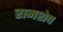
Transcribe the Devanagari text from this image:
रामशेष